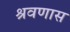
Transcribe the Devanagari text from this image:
श्रवणास